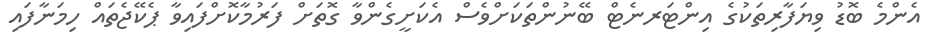
އެންމެ ބޮޑު ވިޔަފާރިތަކުގެ އިންޓަރނެޓް ބޭނުންތަކަށްވެސް އެކަށީގެންވާ ގޮތަށް ފަރުމާކޮށްފައިވާ ޕެކޭޖެތައް ހިމަނާފައި